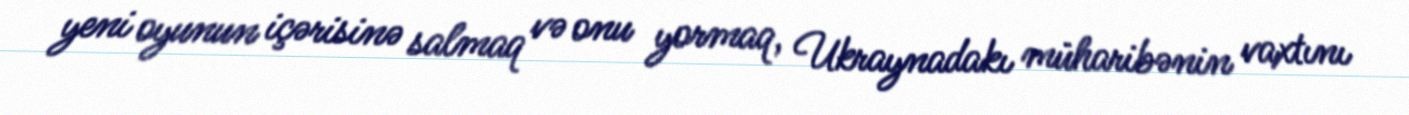
yeni oyunun içərisinə salmaq və onu yormaq, Ukraynadakı müharibənin vaxtını